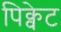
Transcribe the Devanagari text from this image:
पिक्वेट